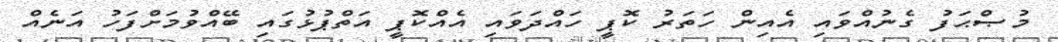
މުޞްޙަފު ގެނުއްވައި އެއިން ހަތަރު ކޮޕީ ހައްދަވައި އެއްކޮޕީ އަތްޕުޅުގައި ބޭއްވުމަށްފަހު އަނެއް